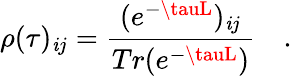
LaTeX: \rho(\tau)_{\mathit{i}j}=\frac{{(e^{-\tauL})_{\mathit{i}j}}}{{Tr(e^{-\tauL})}}\quad.